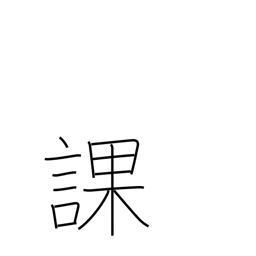
Meaning: division